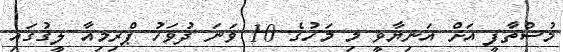
މުސްތާފީ އަށް އަނިޔާވީ މި މަހުގެ 10 ވަނަ ދުވަހު ޕްރިމިއާ ލީގުގައި